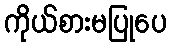
ကိုယ်စားမပြုပေ